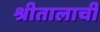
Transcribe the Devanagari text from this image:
श्रीतालाची